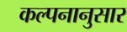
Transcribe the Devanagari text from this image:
कल्पनानुसार